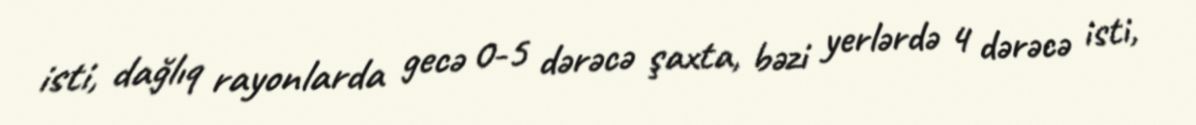
isti, dağlıq rayonlarda gecə 0-5 dərəcə şaxta, bəzi yerlərdə 4 dərəcə isti,